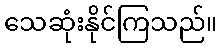
သေဆုံးနိုင်ကြသည်။